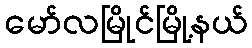
မော်လမြိုင်မြို့နယ်